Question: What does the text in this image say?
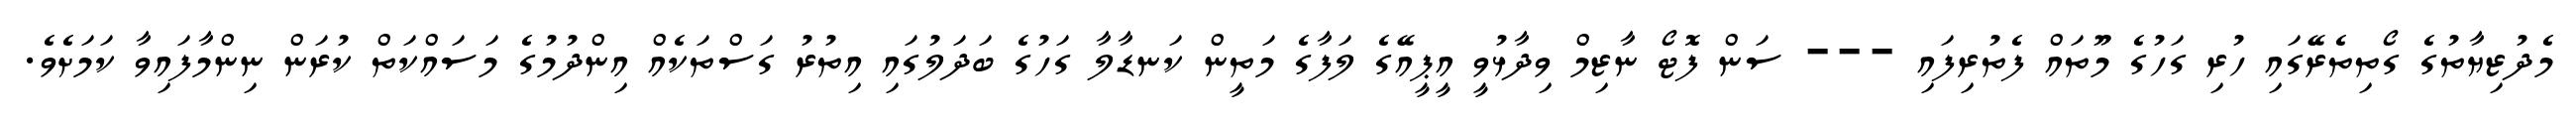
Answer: މެދުޒިޔާތުގެ ގޯތިތެރޭގައި ހުރި ގަހުގެ މޫތައް ފެތުރިފައި --- ސަން ފޮޓޯ ނާޒިމް ވިދާޅުވީ އީޕީއޭގެ ލަފާގެ މަތީން ކަނޑާލާ ގަހުގެ ބަދަލުގައި އިތުރު ގަސްތަކެއް އިންދުމުގެ މަސައްކަތް ކުރަން ނިންމާފައިވާ ކަމަށެވެ.